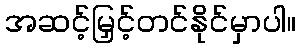
အဆင့်မြှင့်တင်နိုင်မှာပါ။